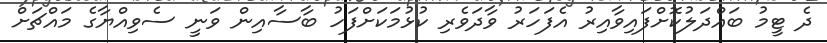
ދެ ޓީމު ބައްދަލުކޮށްފައިވާއިރު އެފަހަރު ވާދަވެރި ކުޅުމަކަށްފަހު ބާސާއިން ވަނީ ސެވިއްޔާގެ މައްޗަށް